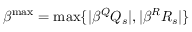
\beta ^ { \operatorname* { m a x } } = \operatorname* { m a x } \{ | \beta ^ { Q } Q _ { s } | , | \beta ^ { R } R _ { s } | \}